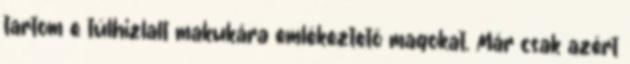
tartom e túlhizlalt makukára emlékeztető magokat. Már csak azért